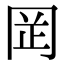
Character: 𫝍